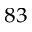
^ { 8 3 }